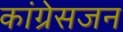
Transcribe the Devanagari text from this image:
कांग्रेसजन